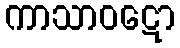
ကာသာဝဋော